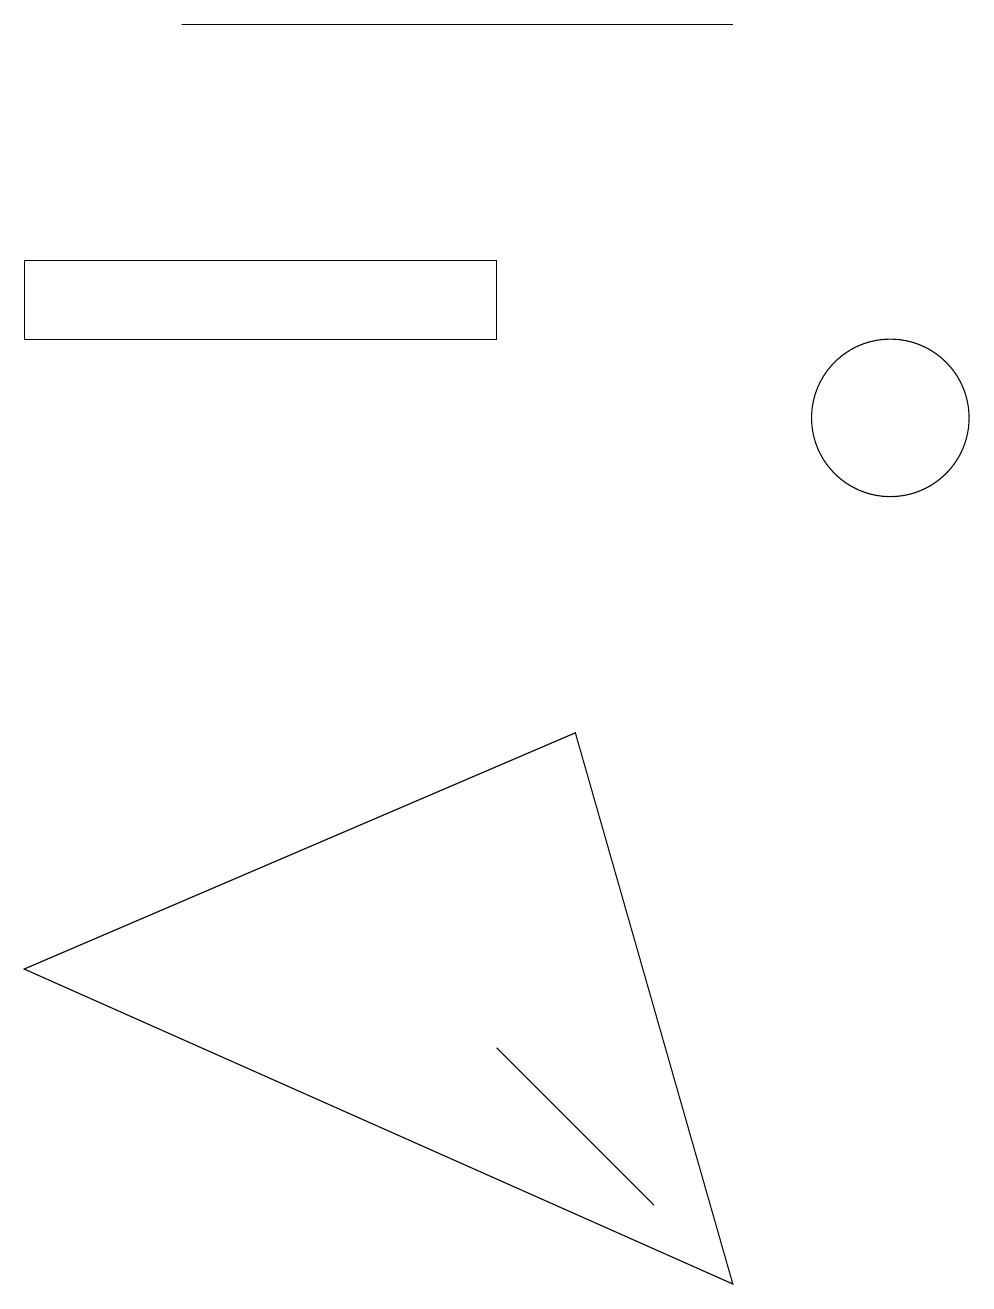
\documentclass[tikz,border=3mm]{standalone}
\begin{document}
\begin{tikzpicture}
\draw (9,0) -- (7,7) -- (0,4) -- cycle;
\draw (11,11) circle (1);
\draw (2,16) rectangle (9,16);
\draw (8,1) -- (6,3) -- (6,3) -- cycle;
\draw (6,13) rectangle (0,12);
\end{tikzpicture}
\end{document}